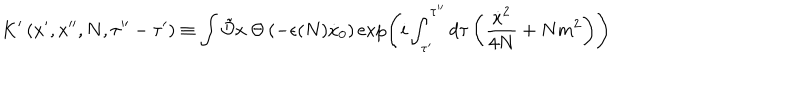
K ^ { \prime } \left( x ^ { \prime } , x ^ { \prime \prime } , N , \tau ^ { \prime \prime } - \tau ^ { \prime } \right) \equiv \int \tilde { \cal D } x \hspace { 0 . 2 5 e m } \Theta \left( - \epsilon ( N ) \dot { x } _ { 0 } \right) \exp \left( i \int _ { \tau ^ { \prime } } ^ { \tau ^ { \prime \prime } } d \tau \left( \frac { \dot { x } ^ { 2 } } { 4 N } + N m ^ { 2 } \right) \right)